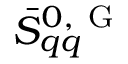
\bar { S } _ { q q } ^ { 0 , \mathrm { ~ G ~ } }